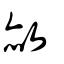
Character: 赦